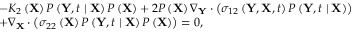
\begin{array} { r l } & { - K _ { 2 } \left( \mathbf { X } \right) P \left( \mathbf { Y } , t \mid \mathbf { X } \right) P \left( \mathbf { X } \right) + 2 P \left( \mathbf { X } \right) \nabla _ { \mathbf { Y } } \cdot \left( \sigma _ { 1 2 } \left( \mathbf { Y } , \mathbf { X } , t \right) P \left( \mathbf { Y } , t \mid \mathbf { X } \right) \right) } \\ & { + \nabla _ { \mathbf { X } } \cdot \left( \sigma _ { 2 2 } \left( \mathbf { X } \right) P \left( \mathbf { Y } , t \mid \mathbf { X } \right) P \left( \mathbf { X } \right) \right) = 0 , } \end{array}